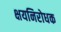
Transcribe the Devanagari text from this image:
क्षयनिरोधक